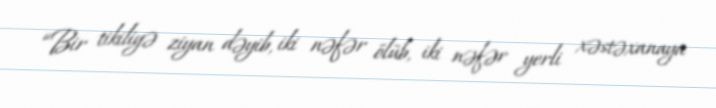
“Bir tikiliyə ziyan dəyib, iki nəfər ölüb, iki nəfər yerli xəstəxanaya